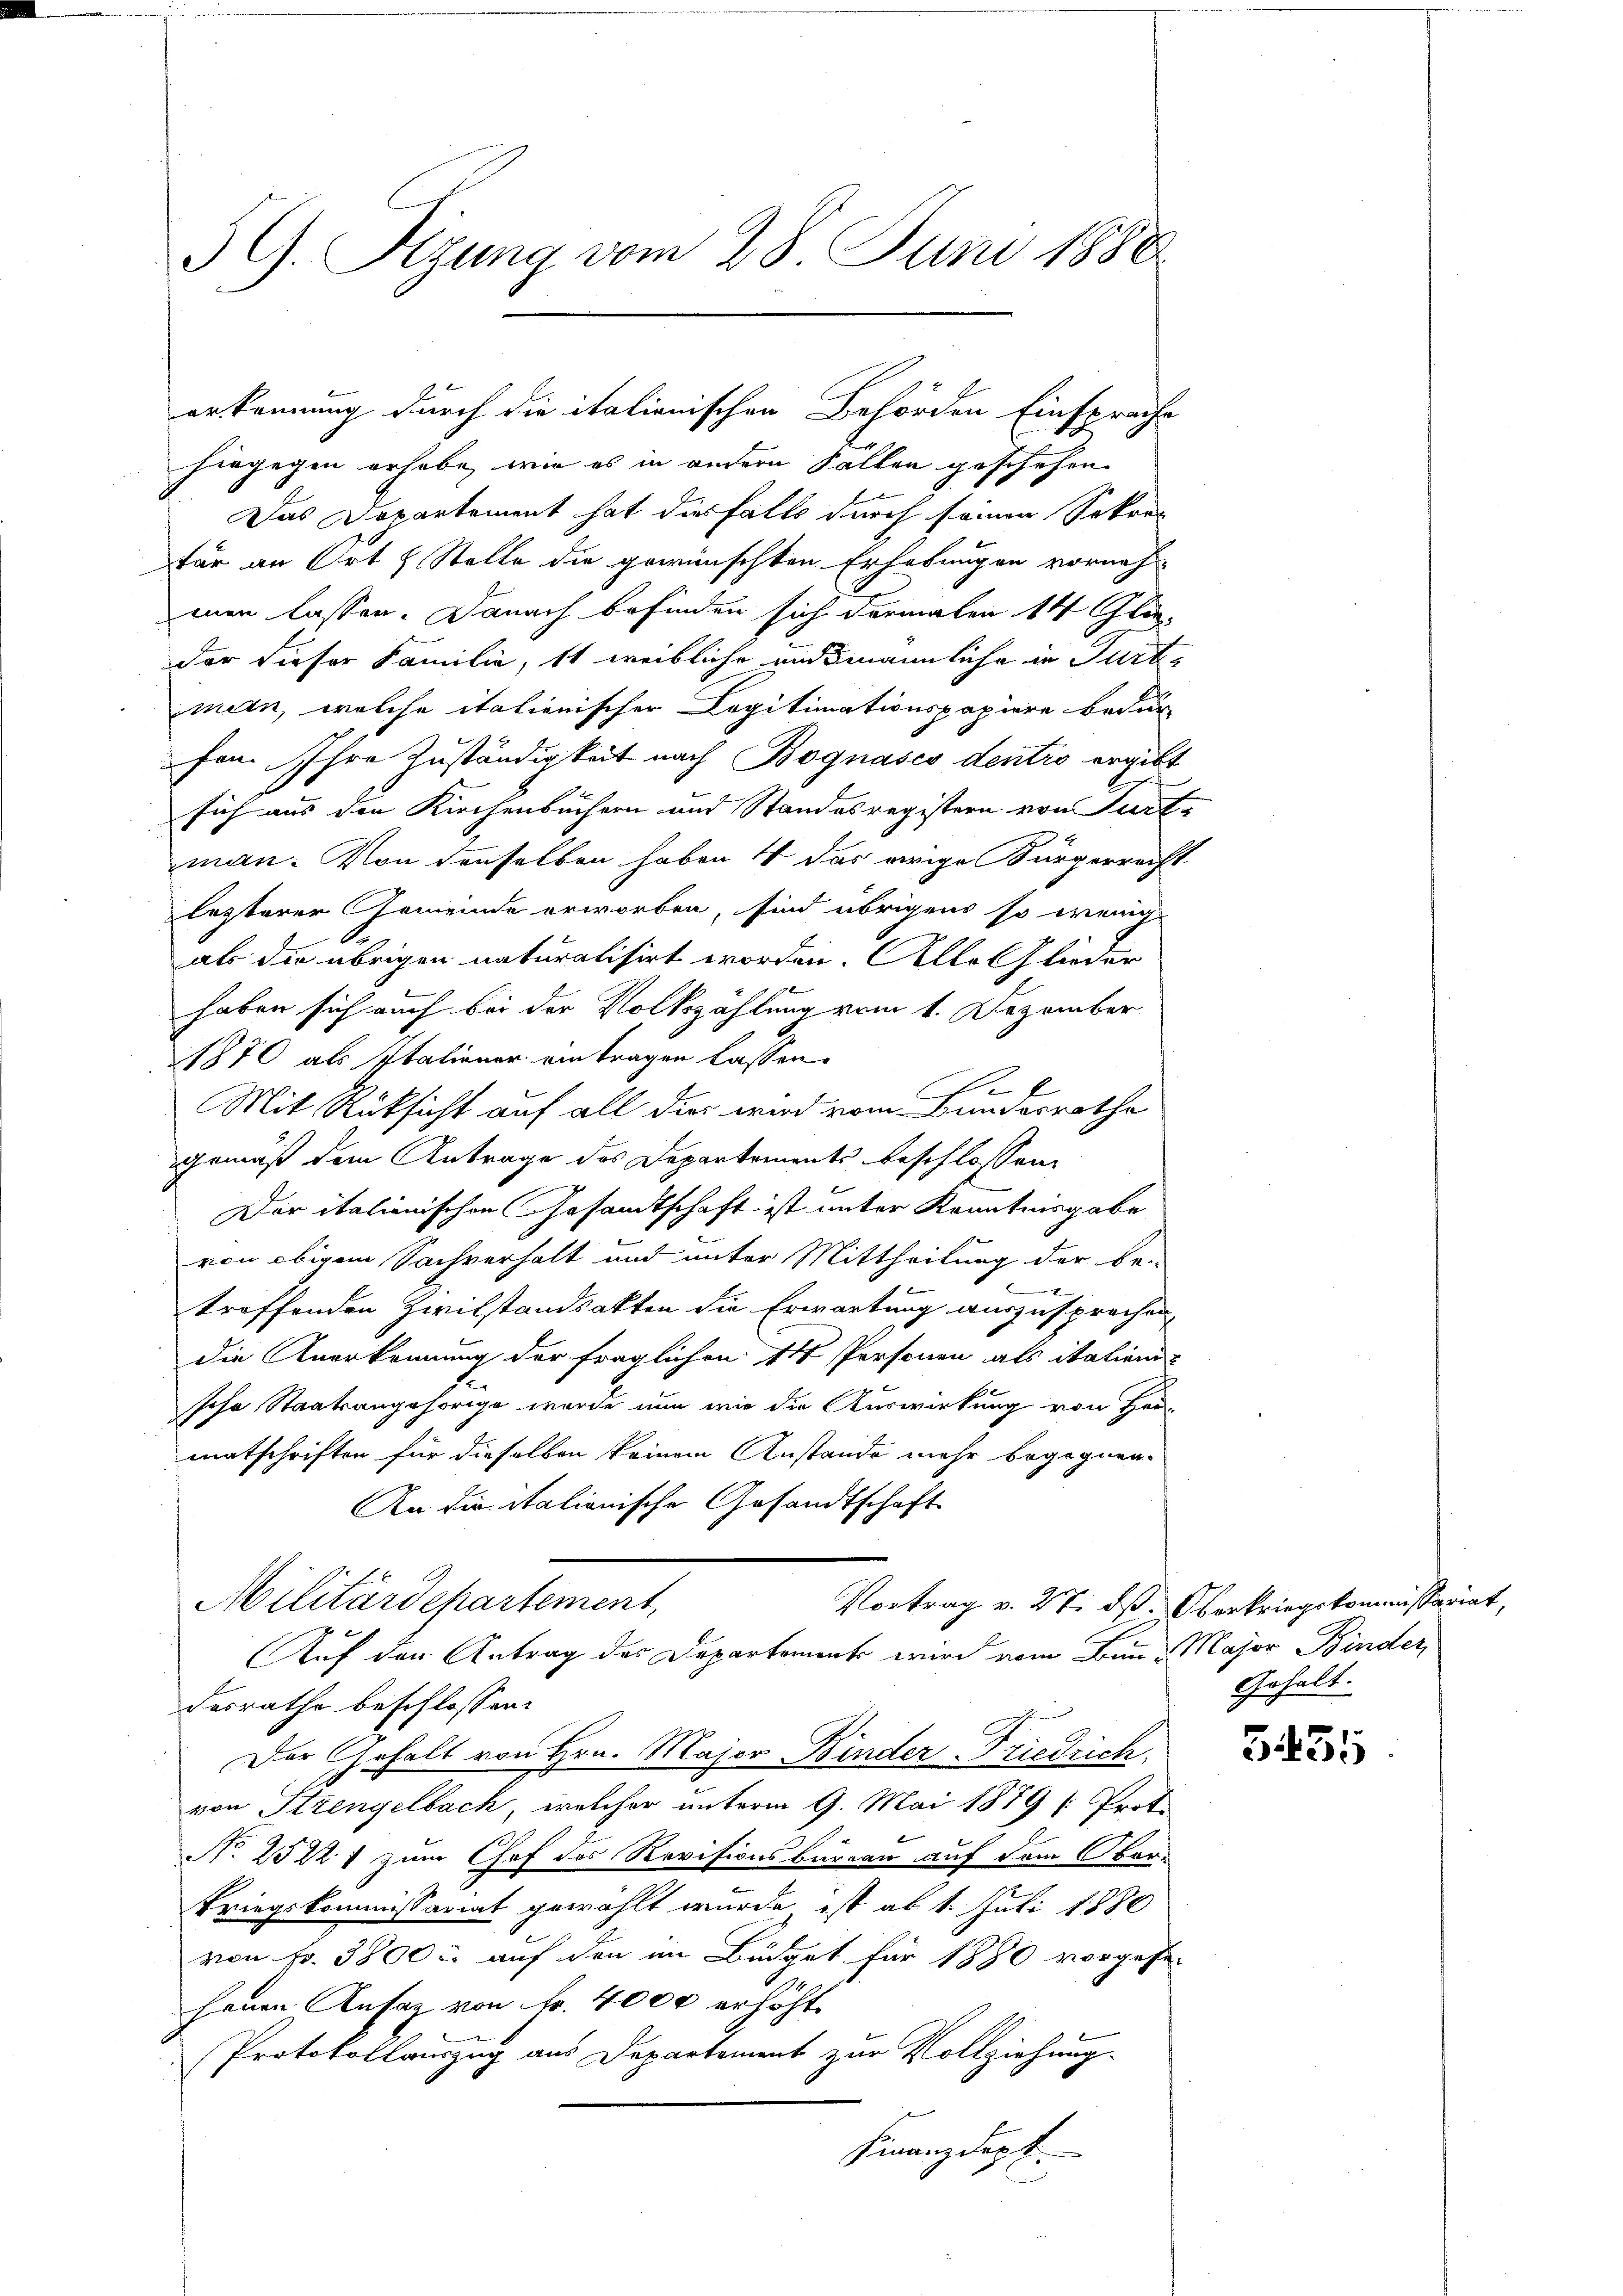
5 G. Sizung vom 28. Juni 1880

hingegen erhabe, wie es in andern Fallen geschehen
Das Departement hat diesfalls durch seinen Sekretär an Ort & Stelle die gewünschten Erhebungen vorneh-
enen lassen. Danach befinden sich Formalen 14 Gli
der dieser Familie, st weibliche und männliche in Furtmern, welche italienischer Copitimationspapiere bedur-
fon. Ihre Zuständigkeit nach Bognasco dentro ergibt
sich aus den Kirchenbüchern und Standesregistern von Turt.
man. Von denselben haben 4 das orige Bürgerrecht
lesterer Gemeinde erworben, sind übrigens so wenig
als die übrigen naturalisirt worden. Alle Glieder
haben sich auch bei der Volkszählung vom 1. Dezember
1870 als Italiener eintragen lassen.
be
Mit Rüksicht auf all dies wird vom Bundesrathe
gemäß dem Antrage des Departements beschlossen:
Der italienischen Gesandtschaft ist unter Kenntnisgabe
von obigem Sachverhalt und unter Mittheilung der be-
x
troffenden Zivilstandsakten die Erwartung auszusprochen,
die Anerkennung der fraglichen 14 Personen als italien
sche Staatsangehörige wurde nun wie die Auswirkung von Her-
enatschriften für dieselben keinem Anstande mehr begegnen.
An die italienische Gesandtschaft
Militärdepartement
Vortrag v. 27. dß. Oberkriegskommissariat,
Auf den Antrag des Departement wird vom Bun-Major Binder,
desrathe beschlossen:
Der Gehalt von Hrn. Major Binder Friedrich.
von Strengelbach, welcher unterm 9. Mai 1879 (: Proto
N. 2522 f zum Chef des Revisionsbüreau auf dem Ober¬
Kriegskommissariat gewählt wurde ist ab 1. Juli 1880
von Fr. 3800 u. auf den im Büdget für 1890 vorgehe-
fenen Ansag von Fr. 4000 erhöht.
Protokollauszug aus Departement zur Vollziehung
Finanzdept.

erkennung durch die italienischen Behörden Einsprache

Gehalt.

.

3435